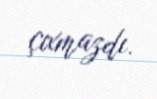
çıxmazdı.